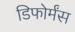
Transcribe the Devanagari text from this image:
डिफोर्मंस